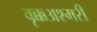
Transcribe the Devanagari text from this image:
वृक्कअश्मरी